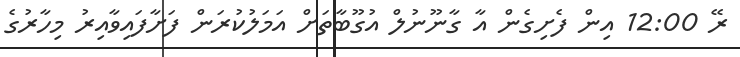
ރޭ 12:00 އިން ފެށިގެން އާ ގާނޫނުލް އުގޫބާތަށް އަމަލުކުރަން ފަށާފައިވާއިރު މިހާރުގެ